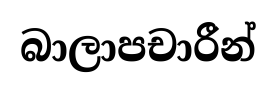
බාලාපචාරීන්